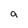
Character: a